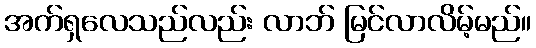
အက်ရှလေသည်လည်း လာဘ် မြင်လာလိမ့်မည်။